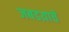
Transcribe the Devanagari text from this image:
जबडय़ाचे